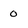
Character: 0